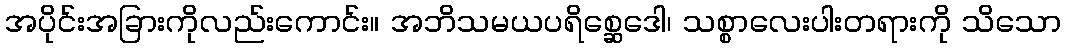
အပိုင်းအခြားကိုလည်းကောင်း။ အဘိသမယပရိစ္ဆေဒေါ၊ သစ္စာလေးပါးတရားကို သိသော